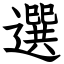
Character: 選